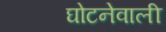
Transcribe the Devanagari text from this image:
घोटनेवाली